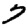
Digit: 7